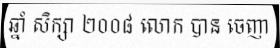
ឆ្នាំ សិក្សា ២០០៨ លោក បាន ចេញា